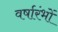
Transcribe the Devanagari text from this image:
वर्षारंभों